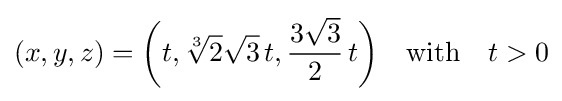
(x,y,z)={\biggr (}t,{\sqrt[{3}]{2}}{\sqrt {3}}\,t,{\frac {3{\sqrt {3}}}{2}}\,t{\biggr )}\quad {\mbox{with}}\quad t>0